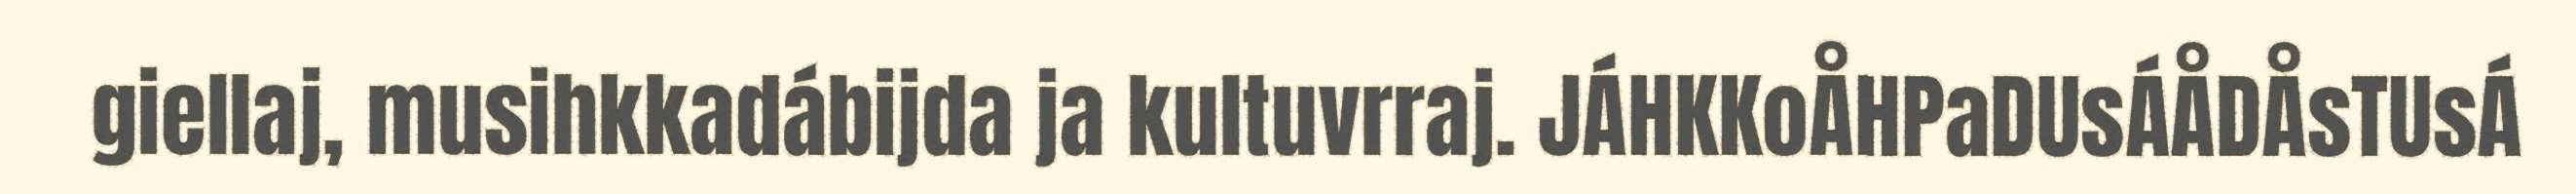
giellaj, musihkkadábijda ja kultuvrraj. JÁHKKoÅHPaDUsÁÅDÅsTUsÁ